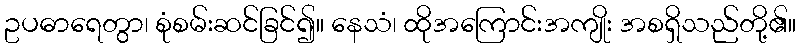
ဥပဓာရေတွာ၊ စုံစမ်းဆင်ခြင်၍။ နေသံ၊ ထိုအကြောင်းအကျိုး အစရှိသည်တို့၏။